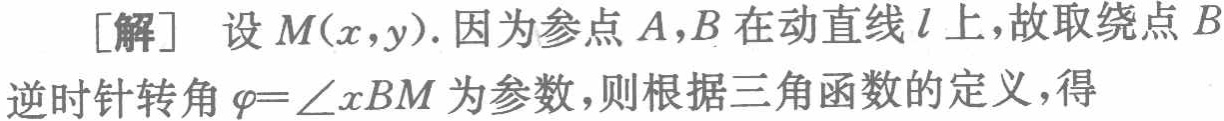
[解] 设 \(M(x,y)\). 因为参点 \(A,B\) 在动直线 \(l\) 上，故取绕点 \(B\) 逆时针转角 \(\varphi = \angle xBM\) 为参数，则根据三角函数的定义，得